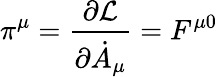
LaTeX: \pi^{\mu}=\frac{\partial{\cal L}}{\partial{\dot{A}}_{\mu}}=F^{\mu 0}